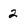
Character: 2